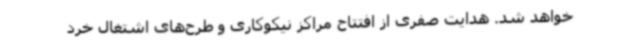
خواهد شد. هدایت صفری از افتتاح مراکز نیکوکاری و طرح‌های اشتغال خرد